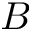
B